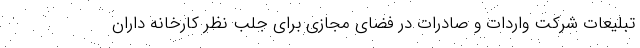
تبلیعات شرکت واردات و صادرات در فضای مجازی برای جلب نظر کارخانه داران